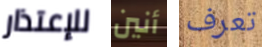
للإعتذار أنين تعرف